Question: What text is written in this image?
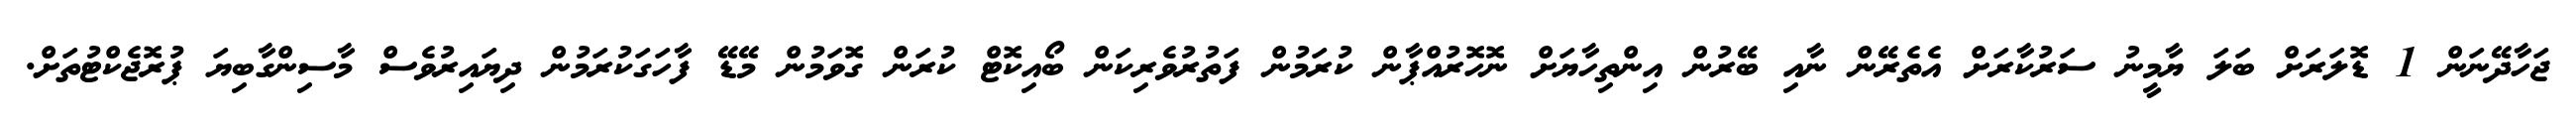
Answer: ޖަހާދޭނަން 1 ޑޮލަރަށް ބަލަ ޔާމީނު ސަރުކާރަށް އެތެރޭން ނާއި ބޭރުން އިންތިހާޔަށް ނޮހޮރުއްޕާން ކުރަމުން ފަތުރުވެރިކަން ބޯއިކޮޓް ކުރަން ގޮވަމުން މޭޑޭ ފާހަގަކުރަމުން ދިޔައިރުވެސް މާސިންގާބިޔަ ޕުރޮޖެކްޓުތަށް.